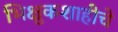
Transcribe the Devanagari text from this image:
भिक्षुकशाहीचे